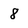
Character: 8